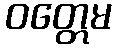
ဝတ္တေမ